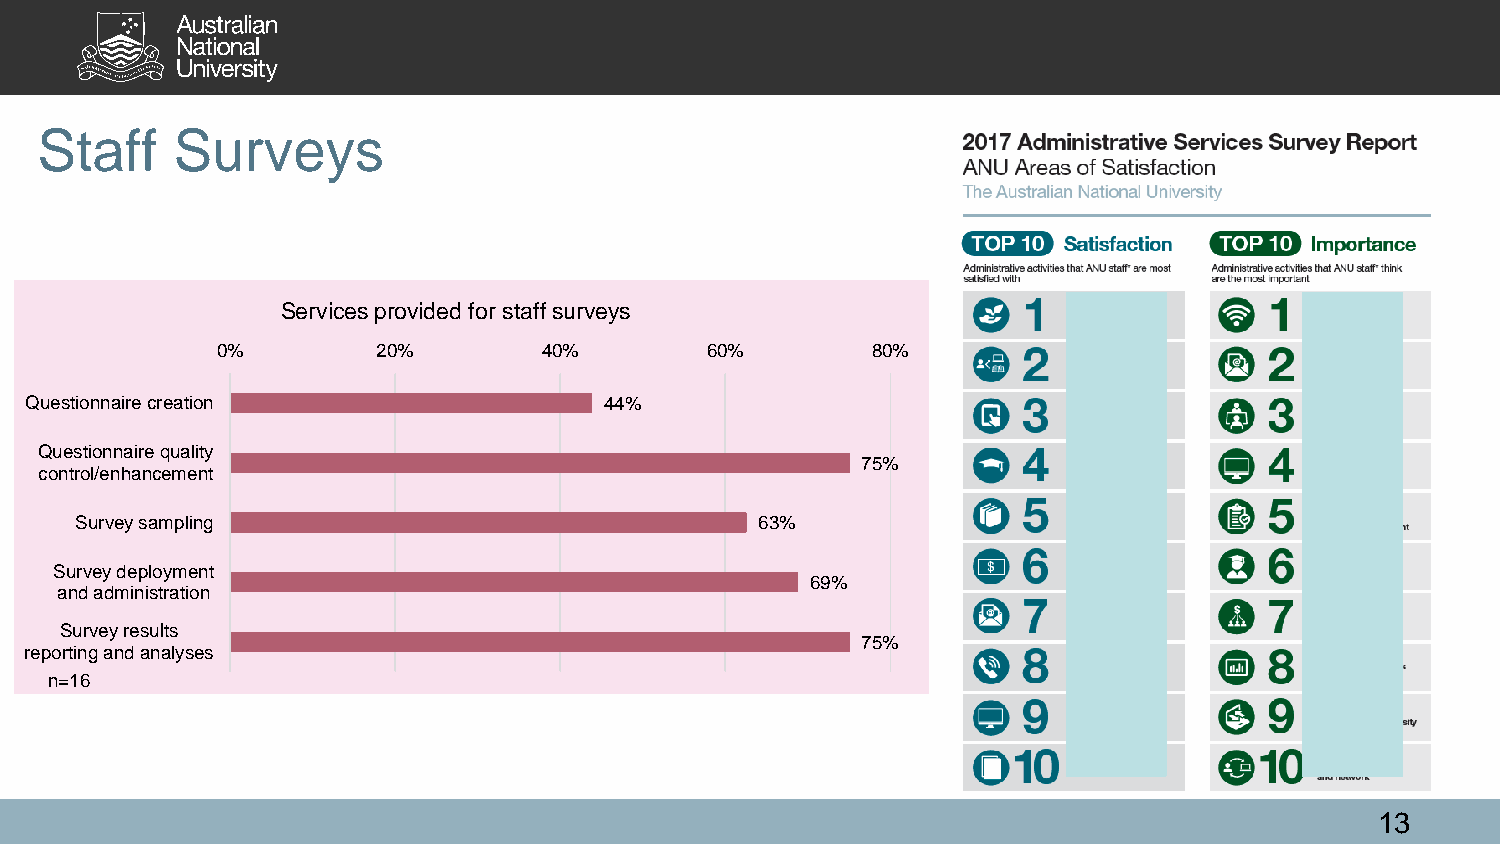
Staff    Surveys
 Services provided for staff surveys
 0%         20%        40%        60%        80%
 Questionnaire creation                44%
 Questionnaire quality
 75%
 control/enhancement
 Survey sampling                              63%
 Survey deployment
 69%
 and administration
 Survey results
 75%
 reporting and analyses
 n=16
 13